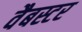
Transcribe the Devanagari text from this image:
वैबस्टर